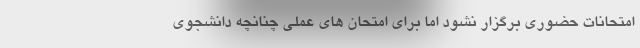
امتحانات حضوری برگزار نشود اما برای امتحان های عملی چنانچه دانشجوی